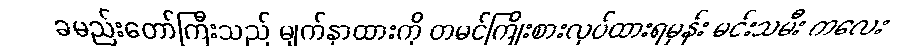
ခမည်းတော်ကြီးသည် မျက်နှာထားကို တမင်ကြိုးစားလုပ်ထားရမှန်း မင်းသမီး ကလေး